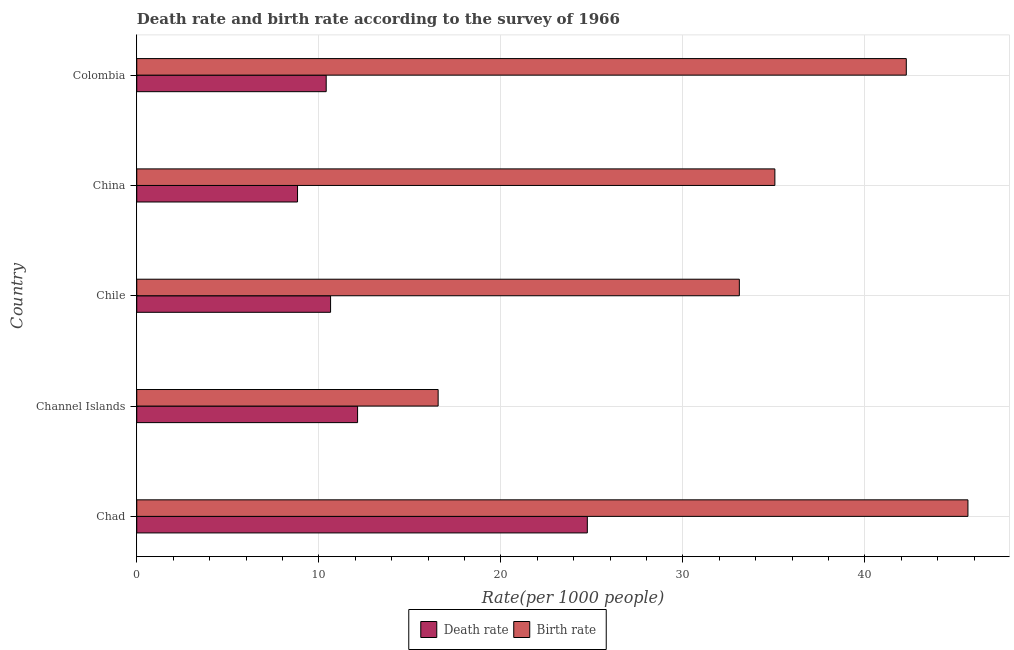
| Country | Death rate | Birth rate |
 | --- | --- | --- |
 | Chad | 24.7 | 45.7 |
 | Channel Islands | 12.1 | 16.6 |
 | Chile | 10.6 | 33.1 |
 | China | 8.83 | 35 |
 | Colombia | 10.4 | 42.3 |